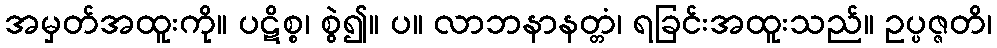
အမှတ်အထူးကို။ ပဋိစ္စ၊ စွဲ၍။ ပ။ လာဘနာနတ္တံ၊ ရခြင်းအထူးသည်။ ဥပ္ပဇ္ဇတိ၊